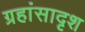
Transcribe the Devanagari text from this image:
ग्रहांसादृश